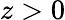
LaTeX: z>0